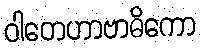
ဝါတေဟာဗာဓိကော